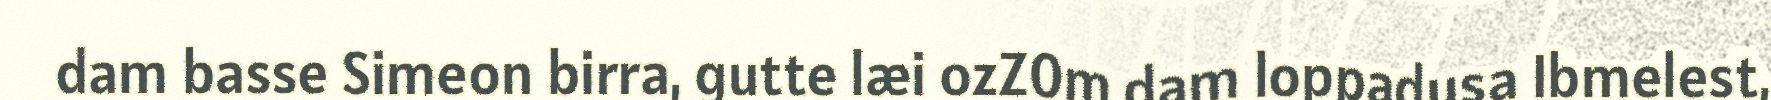
dam basse Simeon birra, gutte læi ozZ0m dam loppadusa Ibmelest,